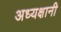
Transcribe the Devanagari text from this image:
अध्यक्षानी